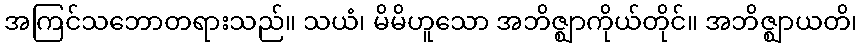
အကြင်သဘောတရားသည်။ သယံ၊ မိမိဟူသော အဘိဇ္ဈာကိုယ်တိုင်။ အဘိဇ္ဈာယတိ၊